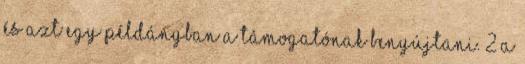
és azt egy példányban a támogatónak benyújtani. 2 A